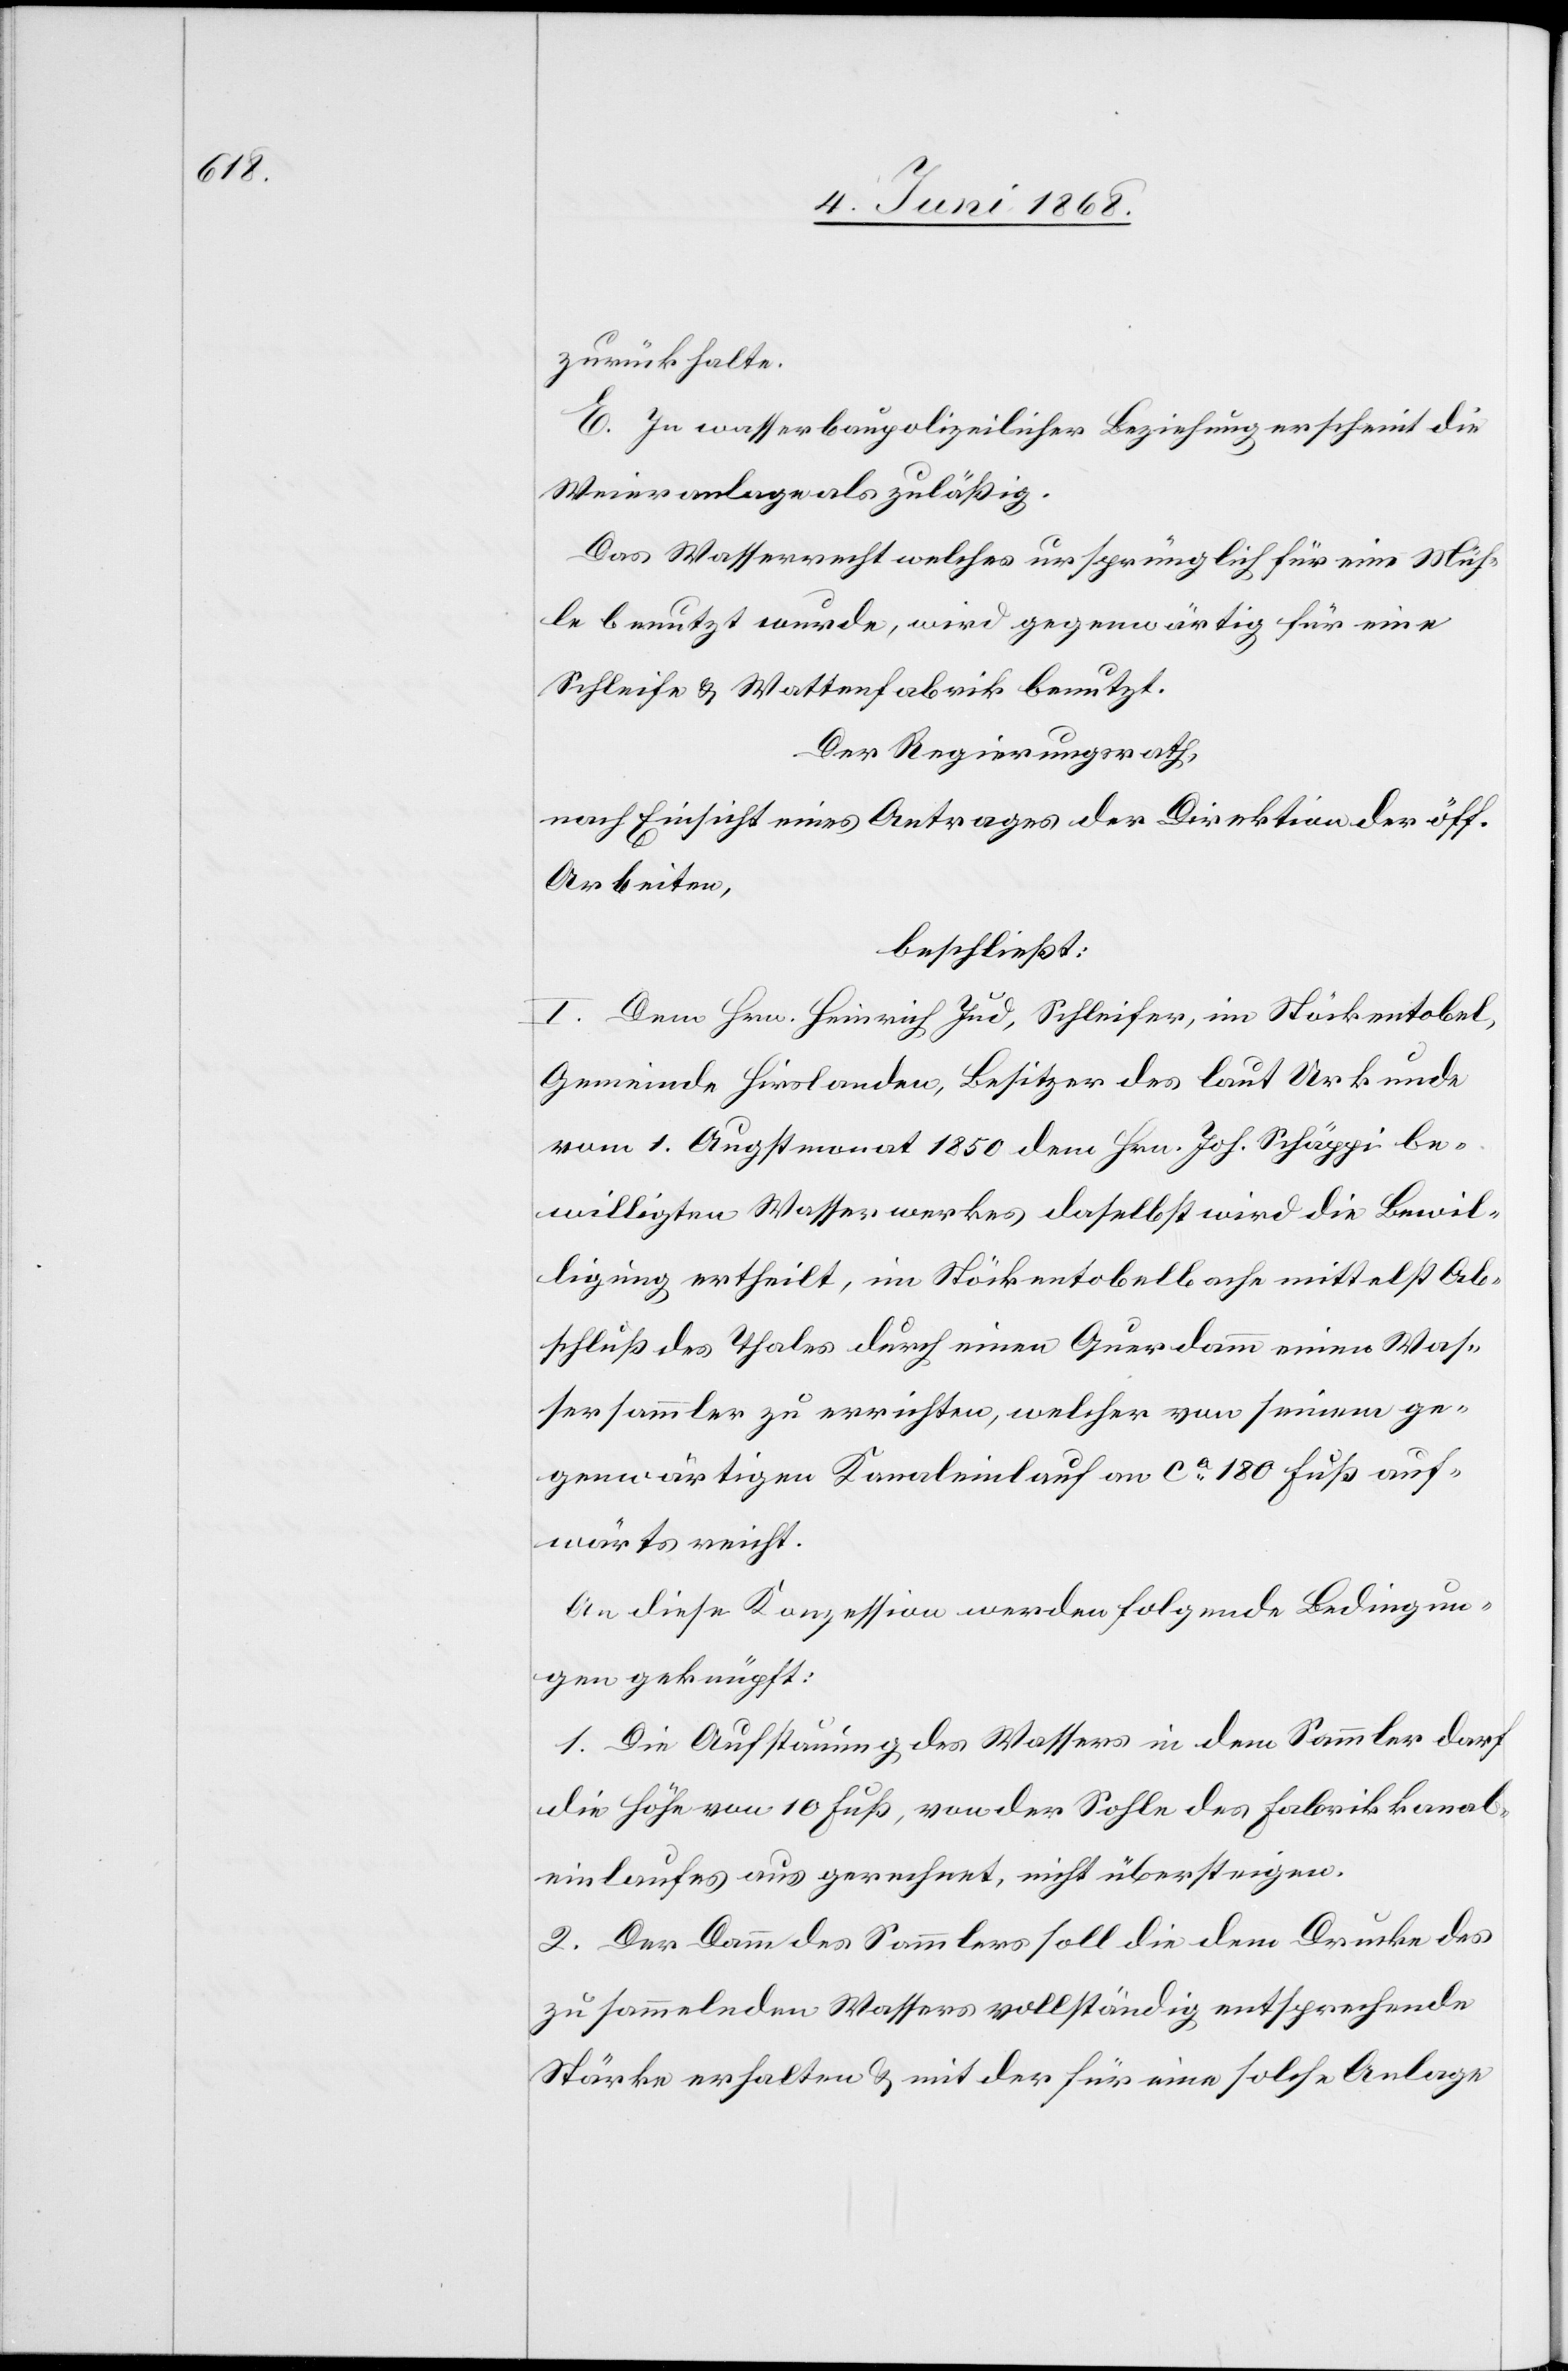
zurückhalte.
E. In wasserbaupolizeilicher Beziehung erscheint die
Weieranlage als zuläßig.
Das Wasserrecht welches ursprünglich für eine Müh¬
le benutzt wurde, wird gegenwärtig für eine
Schleife & Wattenfabrik benutzt.
Der Regierungsrath,
nach Einsicht eines Antrages der Direktion der öff.
Arbeiten,
beschließt:
I. Dem Hrn. Heinrich Jud, Schleifer, im Stöckentobel,
Gemeinde Hirslanden, Besitzer des laut Urkunde
vom 1. Augstmonat 1850 dem Hrn. Joh. Schäppi be¬
willigten Wasserwerkes daselbst wird die Bewil¬
ligung ertheilt, im Stöckentobelbache mittelst Ab¬
schluß des Thales durch einen Querdamm einen Was¬
sersammler zu errichten, welcher von seinem ge¬
genwärtigen Kanaleinlauf an ca. 180 Fuß auf¬
wärts reicht.
An diese Konzession werden folgende Bedingun¬
gen geknüpft:
1. Die Aufstauung des Wassers in dem Sammler darf
die Höhe von 10 Fuß, von der Sohle des Fabrikkanal¬
einlaufes aus gerechnet, nicht übersteigen.
2. Der Damm des Sammlers soll die dem Drucke des
zu sammelnden Wassers vollständig entsprechende
Stärke erhalten & mit der für eine solche Anlage